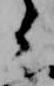
之